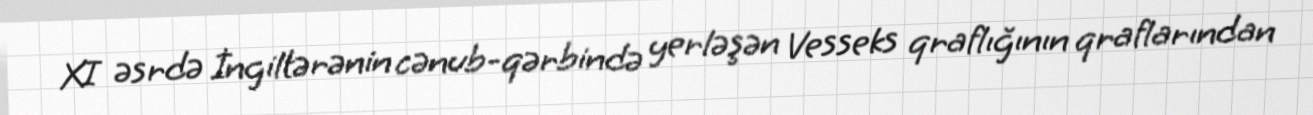
XI əsrdə İngiltərənin cənub-qərbində yerləşən Vesseks qraflığının qraflarından